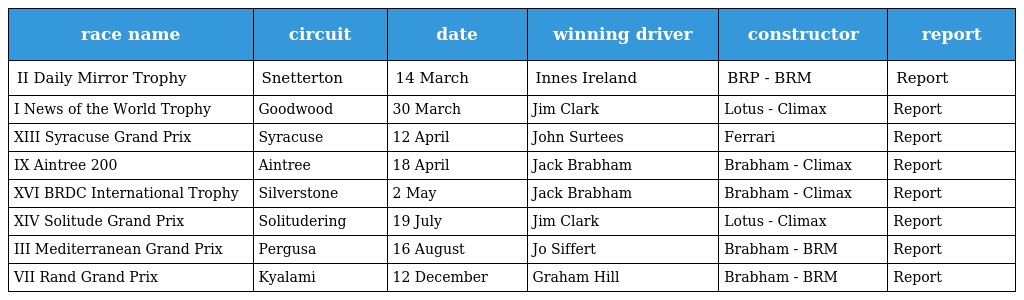
| race name | circuit | date | winning driver | constructor | report |
 | --- | --- | --- | --- | --- | --- |
 | II Daily Mirror Trophy | Snetterton | 14 March | Innes Ireland | BRP - BRM | Report |
 | I News of the World Trophy | Goodwood | 30 March | Jim Clark | Lotus - Climax | Report |
 | XIII Syracuse Grand Prix | Syracuse | 12 April | John Surtees | Ferrari | Report |
 | IX Aintree 200 | Aintree | 18 April | Jack Brabham | Brabham - Climax | Report |
 | XVI BRDC International Trophy | Silverstone | 2 May | Jack Brabham | Brabham - Climax | Report |
 | XIV Solitude Grand Prix | Solitudering | 19 July | Jim Clark | Lotus - Climax | Report |
 | III Mediterranean Grand Prix | Pergusa | 16 August | Jo Siffert | Brabham - BRM | Report |
 | VII Rand Grand Prix | Kyalami | 12 December | Graham Hill | Brabham - BRM | Report |